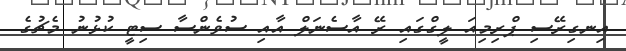
އިނގިރޭސި ޕްރިމިއަ ލީގްގައި ރޭ އާސެނަލް އާއި ސުވެންސާ ސިޓީ ކުޅުނު މެޗުގެ